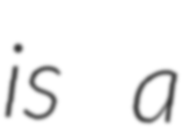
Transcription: is a